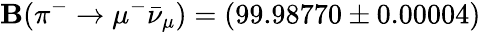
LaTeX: \mathbf{B}(\pi^{-}\to\mu^{-}\bar{{\nu}}_{\mu})=(99.98770\pm0.00004)